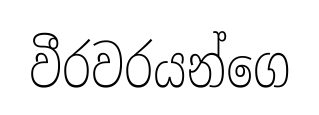
වීරවරයන්ගෙ